Civil Veterinary Dept. Bombay admin report 1893-99 - 1893-1899
Year: 1893
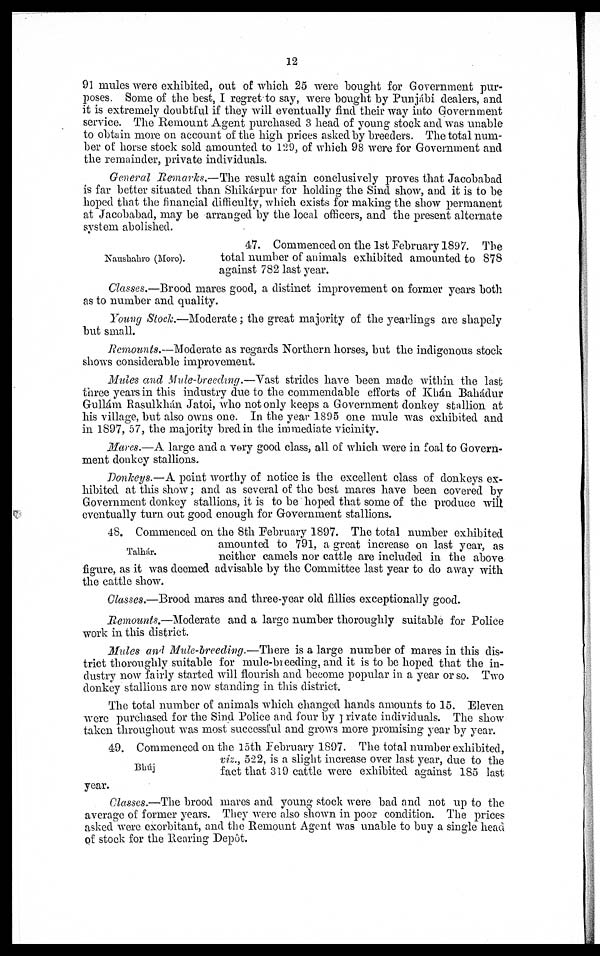
12
91 mules were exhibited, out of which 25 were bought for Government pur-
poses. Some of the best, I regret to say, were bought by Punjábi dealers, and
it is extremely doubtful if they will eventually find their way into Government
service. The Remount Agent purchased 3 head of young stock and was unable
to obtain more on account of the high prices asked by breeders. The total num-
ber of horse stock sold amounted to 129, of which 98 were for Government and
the remainder, private individuals.
General Remarks.—The result again conclusively proves that Jacobabad
is far better situated than Shikárpur for holding the Sind show, and it is to be
hoped that the financial difficulty, which exists for making the show permanent
at Jacobabad, may be arranged by the local officers, and the present alternate
system abolished.
Naushahro (Moro).
47. Commenced on the 1st February 1897. The
total number of animals exhibited amounted to 878
against 782 last year.
Classes.—Brood mares good, a distinct improvement on former years both
as to number and quality.
Young Stock.—Moderate; the great majority of the yearlings are shapely
but small.
Remounts.—Moderate as regards Northern horses, but the indigenous stock
shows considerable improvement.
Mules and Mule-breeding.—Vast strides have been made within the last
three years in this industry due to the commendable efforts of Khán Bahádur
Gullám Rasulkhán Jatoi, who not only keeps a Government donkey stallion at
his village, but also owns one. In the year 1895 one mule was exhibited and
in 1897, 57, the majority bred in the immediate vicinity.
Mares.—A large and a very good class, all of which were in foal to Govern-
ment donkey stallions.
Donkeys.—A point worthy of notice is the excellent class of donkeys ex-
hibited at this show; and as several of the best mares have been covered by
Government donkey stallions, it is to be hoped that some of the produce will
eventually turn out good enough for Government stallions.
Talhár.
48. Commenced on the 8th February 1897. The total number exhibited
amounted to 791, a great increase on last year, as
neither camels nor cattle are included in the above
figure, as it was deemed advisable by the Committee last year to do away with
the cattle show.
Classes.—Brood mares and three-year old fillies exceptionally good.
Remounts.—Moderate and a large number thoroughly suitable for Police
work in this district.
Mules and Mule-breeding.—There is a large number of mares in this dis-
trict thoroughly suitable for mule-breeding, and it is to be hoped that the in-
dustry now fairly started will flourish and become popular in a year or so. Two
donkey stallions are now standing in this district.
The total number of animals which changed hands amounts to 15. Eleven
were purchased for the Sind Police and four by private individuals. The show
taken throughout was most successful and grows more promising year by year.
Bhúj
49. Commenced on the 15th February 1897. The total number exhibited,
viz., 522, is a slight increase over last year, due to the
fact that 319 cattle were exhibited against 185 last
year.
Classes.—The brood mares and young stock were bad and not up to the
average of former years. They were also shown in poor condition. The prices
asked were exorbitant, and the Remount Agent was unable to buy a single head
of stock for the Rearing Depôt.